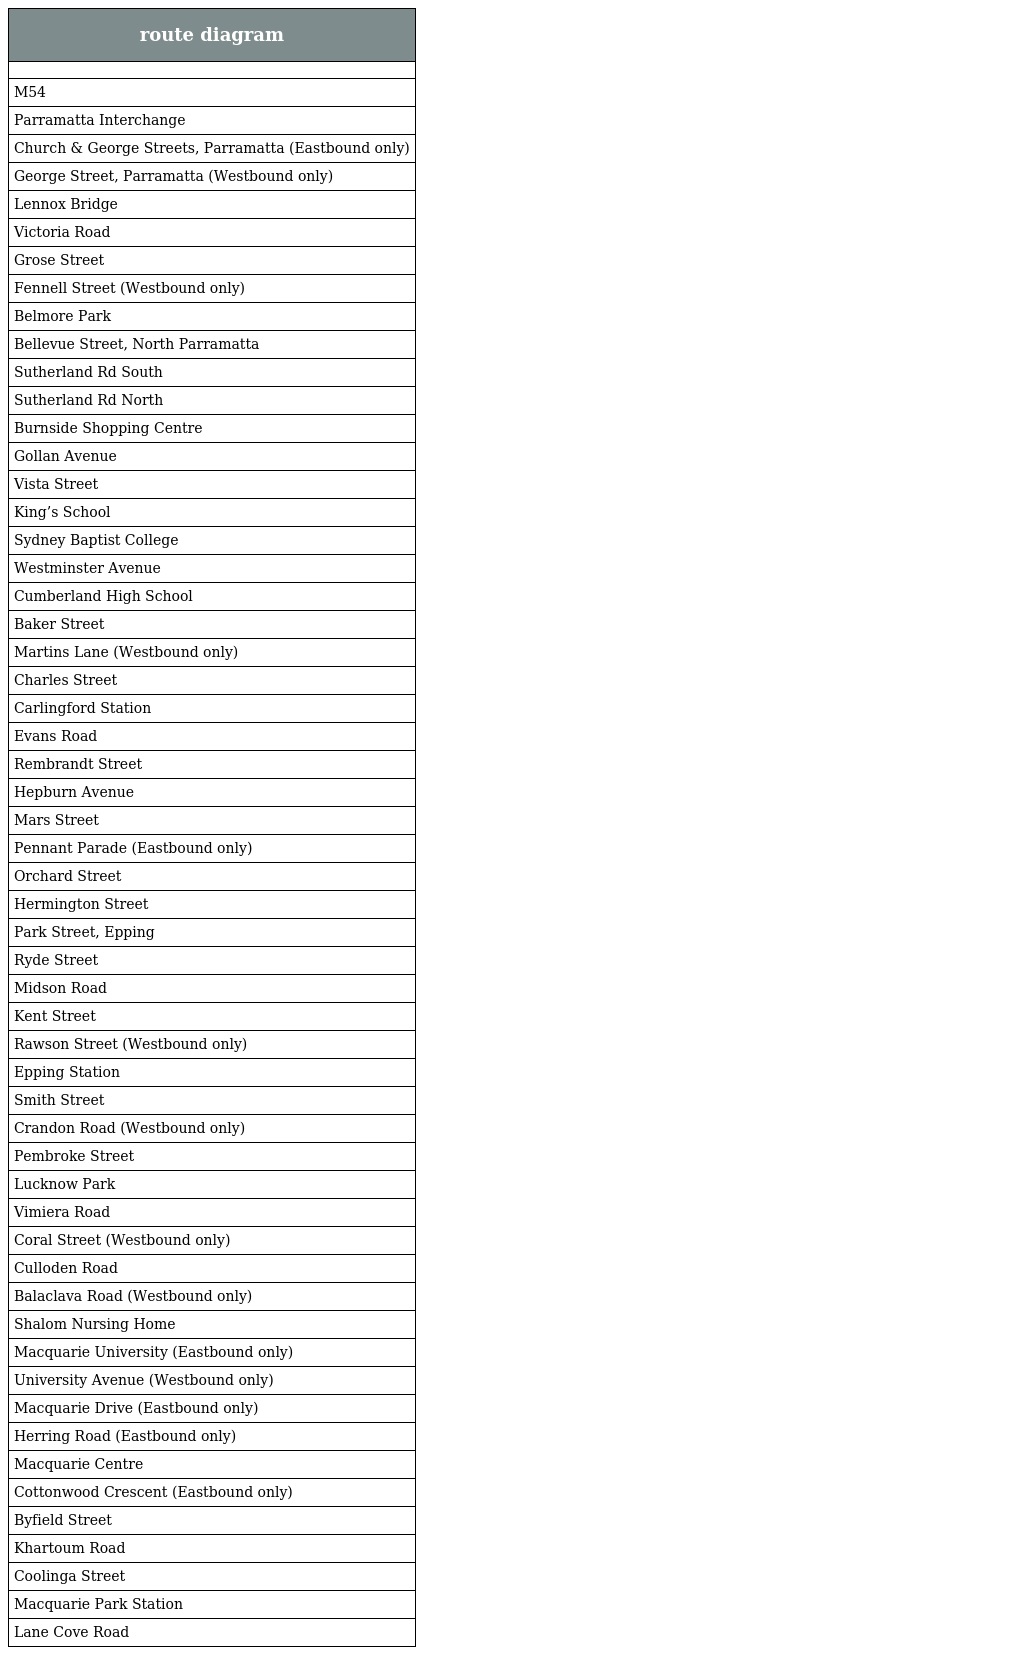
| route diagram |
 | --- |
 |  |
 | M54 |
 | Parramatta Interchange |
 | Church & George Streets, Parramatta (Eastbound only) |
 | George Street, Parramatta (Westbound only) |
 | Lennox Bridge |
 | Victoria Road |
 | Grose Street |
 | Fennell Street (Westbound only) |
 | Belmore Park |
 | Bellevue Street, North Parramatta |
 | Sutherland Rd South |
 | Sutherland Rd North |
 | Burnside Shopping Centre |
 | Gollan Avenue |
 | Vista Street |
 | King’s School |
 | Sydney Baptist College |
 | Westminster Avenue |
 | Cumberland High School |
 | Baker Street |
 | Martins Lane (Westbound only) |
 | Charles Street |
 | Carlingford Station |
 | Evans Road |
 | Rembrandt Street |
 | Hepburn Avenue |
 | Mars Street |
 | Pennant Parade (Eastbound only) |
 | Orchard Street |
 | Hermington Street |
 | Park Street, Epping |
 | Ryde Street |
 | Midson Road |
 | Kent Street |
 | Rawson Street (Westbound only) |
 | Epping Station |
 | Smith Street |
 | Crandon Road (Westbound only) |
 | Pembroke Street |
 | Lucknow Park |
 | Vimiera Road |
 | Coral Street (Westbound only) |
 | Culloden Road |
 | Balaclava Road (Westbound only) |
 | Shalom Nursing Home |
 | Macquarie University (Eastbound only) |
 | University Avenue (Westbound only) |
 | Macquarie Drive (Eastbound only) |
 | Herring Road (Eastbound only) |
 | Macquarie Centre |
 | Cottonwood Crescent (Eastbound only) |
 | Byfield Street |
 | Khartoum Road |
 | Coolinga Street |
 | Macquarie Park Station |
 | Lane Cove Road |